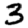
Digit: 3